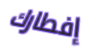
إفطارك